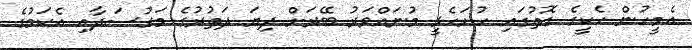
އެމީހުން ހެކީގެ ގޮތުގައި ހުށަހެޅީ މުނައްވަރު ބޭރަށް ދިޔަ ދަތުރުގެ މަގުސަދާއި އެކަމުގެ